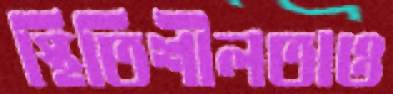
স্থিতিশীলতাও